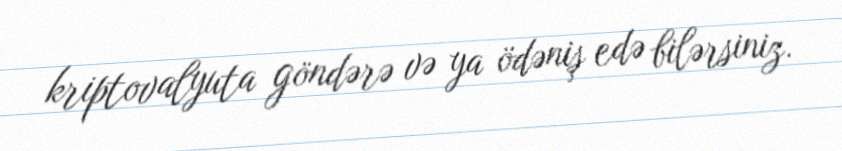
kriptovalyuta göndərə və ya ödəniş edə bilərsiniz.